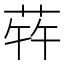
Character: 𬝀